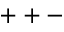
+ + -